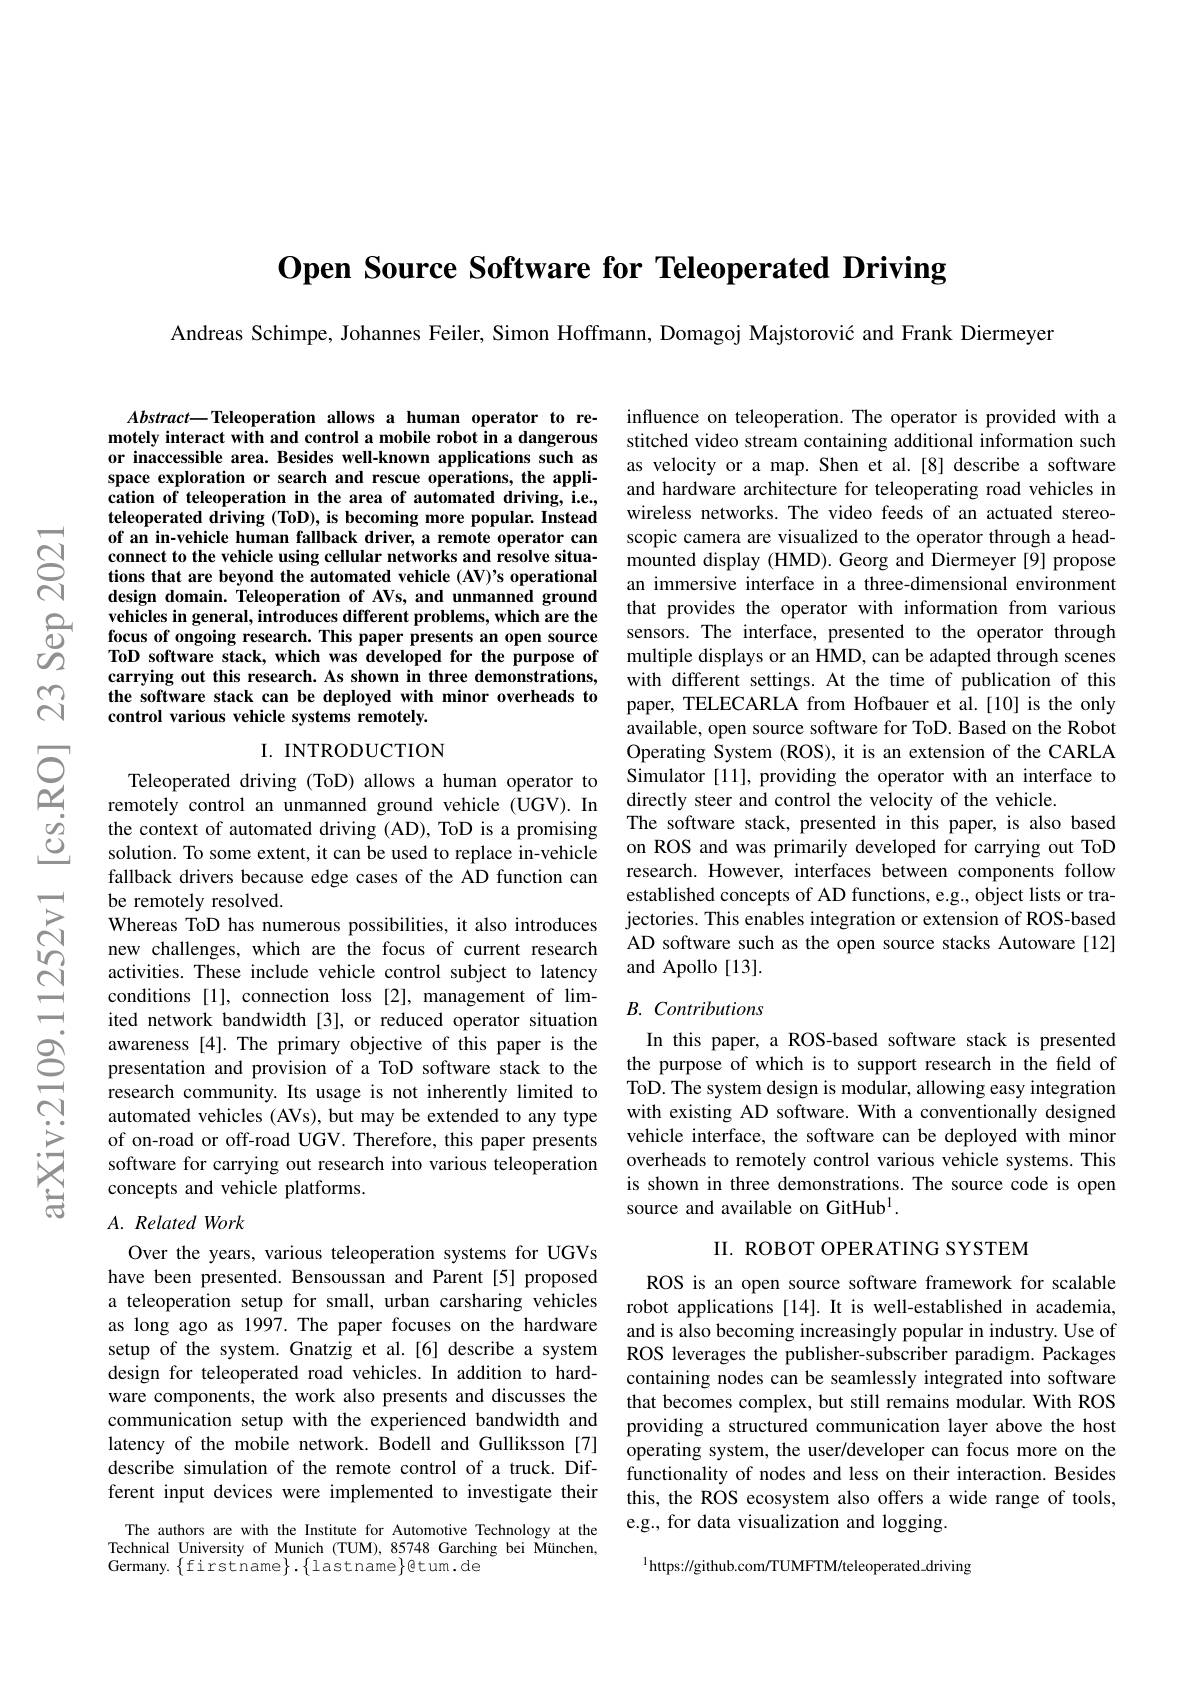
Open Source Software for Teleoperated Driving

Andreas Schimpe, Johannes Feiler, Simon Hoffmann, Domagoj Majstorović and Frank Diermeyer

$নুন্ন$

$Abstract-$Teleoperation allows a human operator to remotely interact with and control a mobile robot in a dangerous or inaccessible area. Besides well-known applications such as space exploration or search and rescue operations, the appli- $\hat{\textbf{cation of teleoperation in the area of automated driving, i.e.,}}$ teleoperated driving (ToD), is becoming more popular. Instead of an in-vehicle human fallback driver, a remote operator can connect to the vehicle using cellular networks and resolve situations that are beyond the automated vehicle (AV)'s operational design domain. Teleoperation of AVs, and unmanned ground vehicles in general, introduces different problems, which are the
$\begin{array}{lll}&\text{vehicles in general, introduces different problems, which are the}\\\textcircled{0}&\textbf{focus of ongoing research. This paper presents an open source}\\\textcircled{0}&\text{ToD software stack, which was developed for the purpose of}\\\hline O_{2}&\text{ToD software stack, which was devel}\end{array}$
carrying out this research. As shown in three demonstrations, the software stack can be deployed with minor overheads to control various vehicle systems remotely.

## I. INTRODUCTION

Teleoperated driving (ToD) allows a human operator to remotely control an unmanned ground vehicle (UGV). In the context of automated driving (AD), ToD is a promising solution. To some extent, it can be used to replace in-vehicle fallback drivers because edge cases of the AD function can be remotely resolved
Whereas ToD has numerous possibilities, it also introduces new challenges, which are the focus of current research activities. These include vehicle control subject to latency conditions [1], connection loss [2], management of limited network bandwidth [3], or reduced operator situation awareness [4]. The primary objective of this paper is the presentation and provision of a ToD software stack to the research community. Its usage is not inherently limited to automated vehicles (AVs), but may be extended to any type of on-road or off-road UGV. Therefore, this paper presents software for carrying out research into various teleoperation concepts and vehicle platforms.

### $A.$ Related Work

Over the years, various teleoperation systems for UGVs have been presented. Bensoussan and Parent[5] proposed a teleoperation setup for small, urban carsharing vehicles as long ago as 1997. The paper focuses on the hardware setup of the system. Gnatzig et al.[6] describe a system design for teleoperated road vehicles. In addition to hardware components, the work also presents and discusses the communication setup with the experienced bandwidth and latency of the mobile network. Bodell and Gulliksson [7] describe simulation of the remote control of a truck. Different input devices were implemented to investigate their

The authors are with the Institute for Automotive Technology at the Technical University of Munich (TUM), 85748 Garching bei München, Germany. $\{$firstname$\}.\{$lastname$\}$@tum.de

influence on teleoperation. The operator is provided with a stitched video stream containing additional information such as velocity or a map. Shen et al.[8] describe a software and hardware architecture for teleoperating road vehicles in wireless networks. The video feeds of an actuated stereoscopic camera are visualized to the operator through a headmounted display (HMD). Georg and Diermeyer [9] propose an immersive interface in a three-dimensional environment that provides the operator with information from various sensors. The interface, presented to the operator through multiple displays or an HMD, can be adapted through scenes with different settings. At the time of publication of this paper, TELECARLA from Hofbauer et al.[10] is the only available, open source software for ToD. Based on the Robot Operating System (ROS), it is an extension of the CARLA Simulator [11], providing the operator with an interface to directly steer and control the velocity of the vehicle.
The software stack, presented in this paper, is also based on ROS and was primarily developed for carrying out ToD research. However, interfaces between components follow established concepts of AD functions, e.g., object lists or trajectories. This enables integration or extension of ROS-based AD software such as the open source stacks Autoware[12] and Apollo [13].

## $B.$ Contributions

In this paper, a ROS-based software stack is presented the purpose of which is to support research in the field of ToD. The system design is modular, allowing easy integration with existing AD software. With a conventionally designed vehicle interface, the software can be deployed with minor overheads to remotely control various vehicle systems. This is shown in three demonstrations. The source code is open source and available on GitHub$^{1}.$

II. ROBOT OPERATING SYSTEM

ROS is an open source software framework for scalable robot applications [14]. It is well-established in academia, and is also becoming increasingly popular in industry. Use of ROS leverages the publisher-subscriber paradigm. Packages containing nodes can be seamlessly integrated into software that becomes complex, but still remains modular. With ROS providing a structured communication layer above the host operating system, the user/developer can focus more on the functionality of nodes and less on their interaction. Besides this, the ROS ecosystem also offers a wide range of tools, e.g., for data visualization and logging.

$^{1}$https://github.com/TUMFTM/teleoperated\_driving